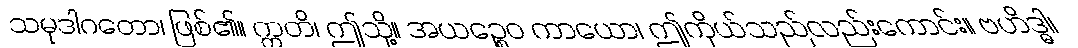
သမုဒါဂတော၊ ဖြစ်၏။ ဣတိ၊ ဤသို့။ အယဉ္စေဝ ကာယော၊ ဤကိုယ်သည်လည်းကောင်း။ ဗဟိဒ္ဓါ၊